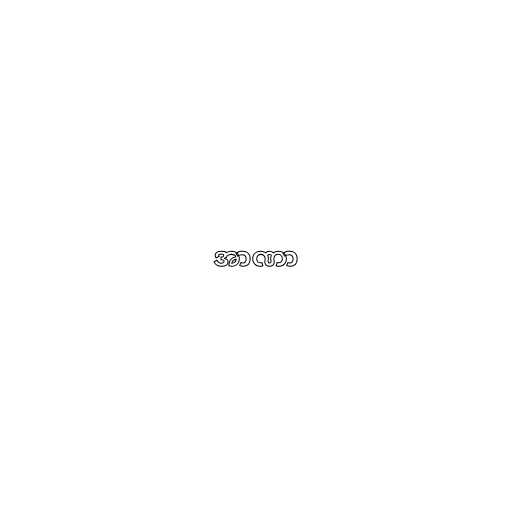
အာဏာ